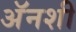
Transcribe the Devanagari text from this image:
अॅनशी